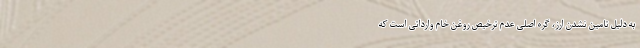
به دلیل تامین نشدن ارز، گره اصلی عدم ترخیص روغن خام وارداتی است که